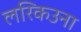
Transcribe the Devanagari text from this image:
लरिकउना